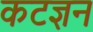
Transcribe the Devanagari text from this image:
कटज्ञन